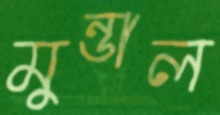
মুন্ডাল